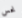
نحس